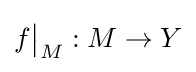
f{\big \vert }_{M}:M\to Y